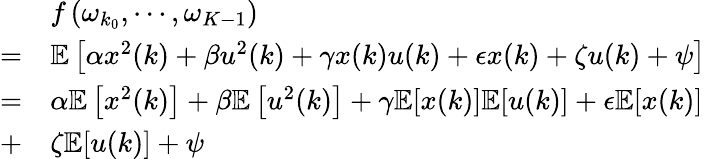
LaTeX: \begin{array}{rl}&{f\left(\omega_{k_{0}},\cdots,\omega_{K-1}\right)}\\ {=}&{\mathbb{E}\left[\alpha x^{2}(k)+\beta u^{2}(k)+\gamma x(k)u(k)+\epsilon x(k)+\zeta u(k)+\psi\right]}\\ {=}&{\alpha\mathbb{E}\left[x^{2}(k)\right]+\beta\mathbb{E}\left[u^{2}(k)\right]+\gamma\mathbb{E}[x(k)]\mathbb{E}[u(k)]+\epsilon\mathbb{E}[x(k)]}\\ {+}&{\zeta\mathbb{E}[u(k)]+\psi}\end{array}